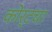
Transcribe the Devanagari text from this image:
कोर्टचा